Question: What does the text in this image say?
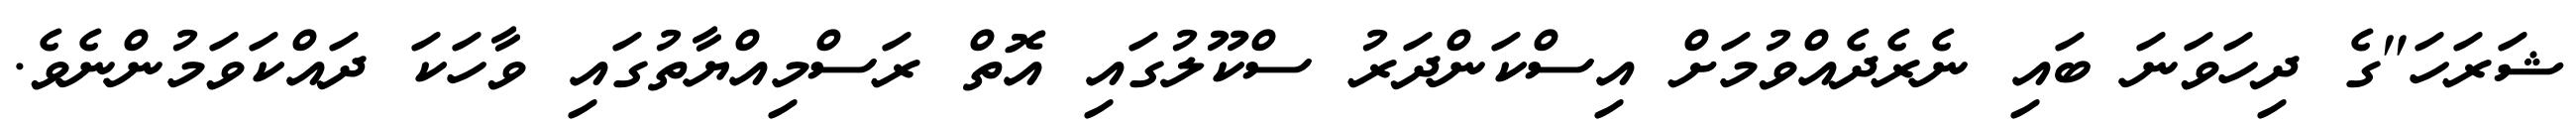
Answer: ޝަރަހަ"ގެ ދިހަވަނަ ބައި ނެރެދެއްވުމަށް އިސްކަންދަރު ސްކޫލުގައި އޮތް ރަސްމިއްޔާތުގައި ވާހަކަ ދައްކަވަމުންނެވެ.